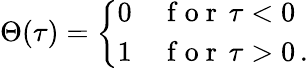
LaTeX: \Theta(\tau)=\left\{ \begin{array}{ll}{0}&{\mathrm{~f~o~r~}\, \tau<0}\\ {1}&{\mathrm{~f~o~r~}\, \tau>0\, .}\end{array}\right.